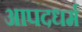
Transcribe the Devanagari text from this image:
आपदधर्म